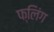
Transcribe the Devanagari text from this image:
फ्लिंग